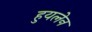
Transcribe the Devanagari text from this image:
हुयलेन